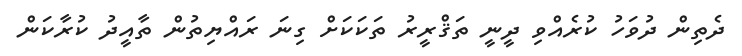
ދެތިން ދުވަހު ކުރެއްވި ދީނީ ތަޤްރީރު ތަކަކަށް ގިނަ ރައްޔިތުން ތާއީދު ކުރާކަން